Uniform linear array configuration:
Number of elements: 16
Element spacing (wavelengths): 0.25
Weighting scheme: binomial
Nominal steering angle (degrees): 30
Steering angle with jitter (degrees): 28.1
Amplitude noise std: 0.05
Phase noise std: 0.05

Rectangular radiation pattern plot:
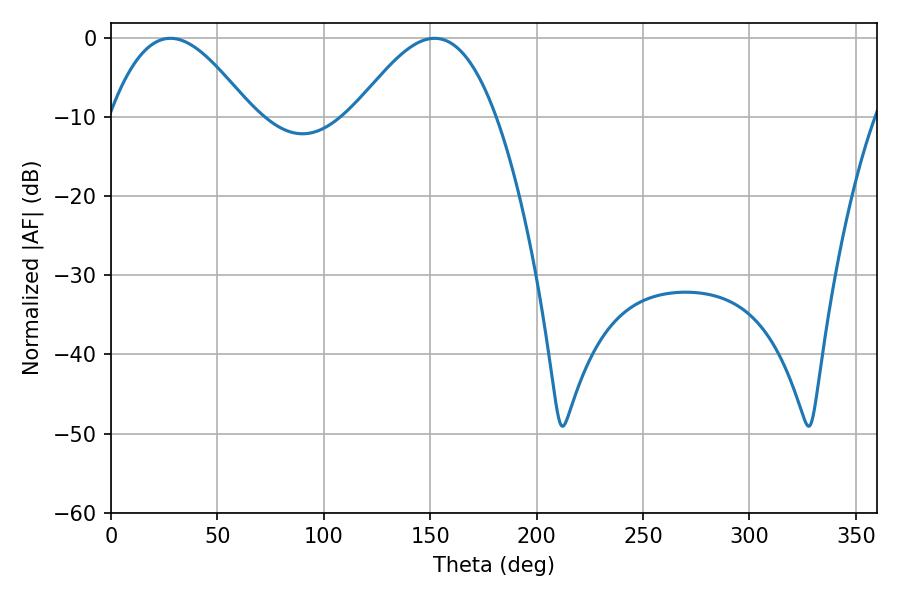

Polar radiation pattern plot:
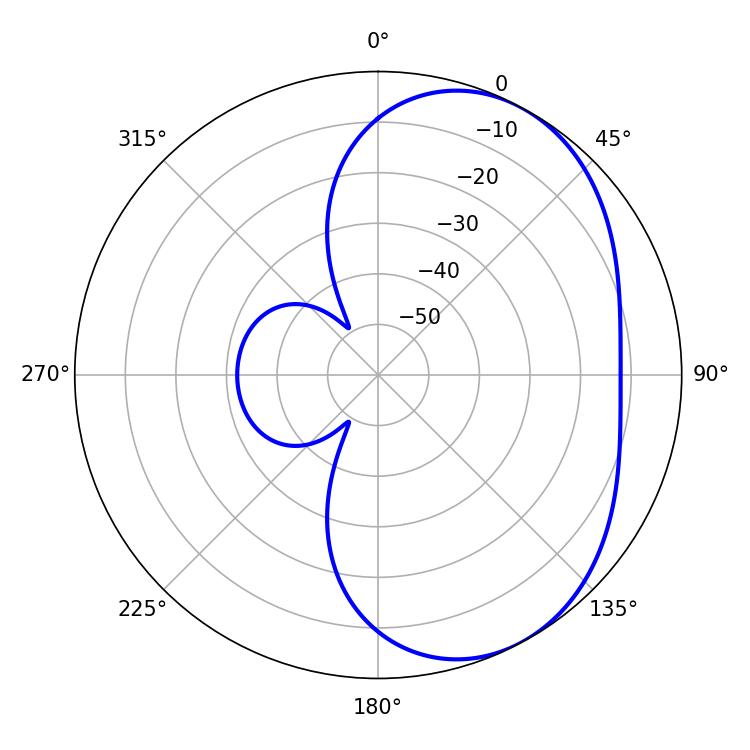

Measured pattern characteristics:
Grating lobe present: FALSE
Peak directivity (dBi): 4.421
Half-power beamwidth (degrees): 36
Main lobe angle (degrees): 27.9